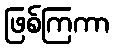
ဖြစ်ကြကာ